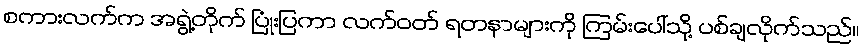
စကားလက်က အရွဲ့တိုက် ပြုံးပြကာ လက်ဝတ် ရတနာများကို ကြမ်းပေါ်သို့ ပစ်ချလိုက်သည်။